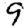
Digit: 9